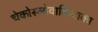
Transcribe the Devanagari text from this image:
चेकोस्लोवाकियाका